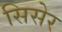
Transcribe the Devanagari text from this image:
सिसेर